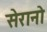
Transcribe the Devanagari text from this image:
सेरानो